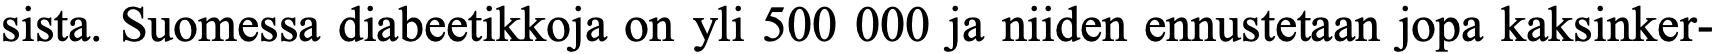
sista. Suomessa diabeetikkoja on yli 500 000 ja niiden ennustetaan jopa kaksinker-